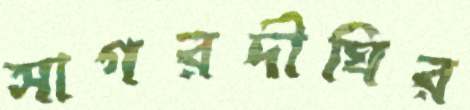
সাগরদীঘির